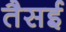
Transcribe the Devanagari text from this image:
तैसई